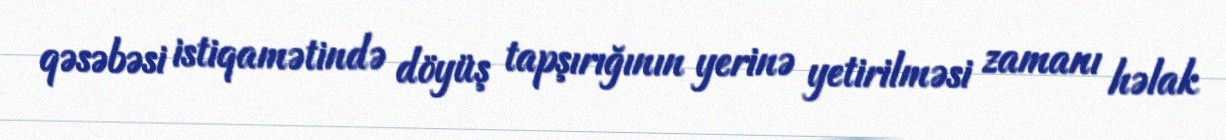
qəsəbəsi istiqamətində döyüş tapşırığının yerinə yetirilməsi zamanı həlak